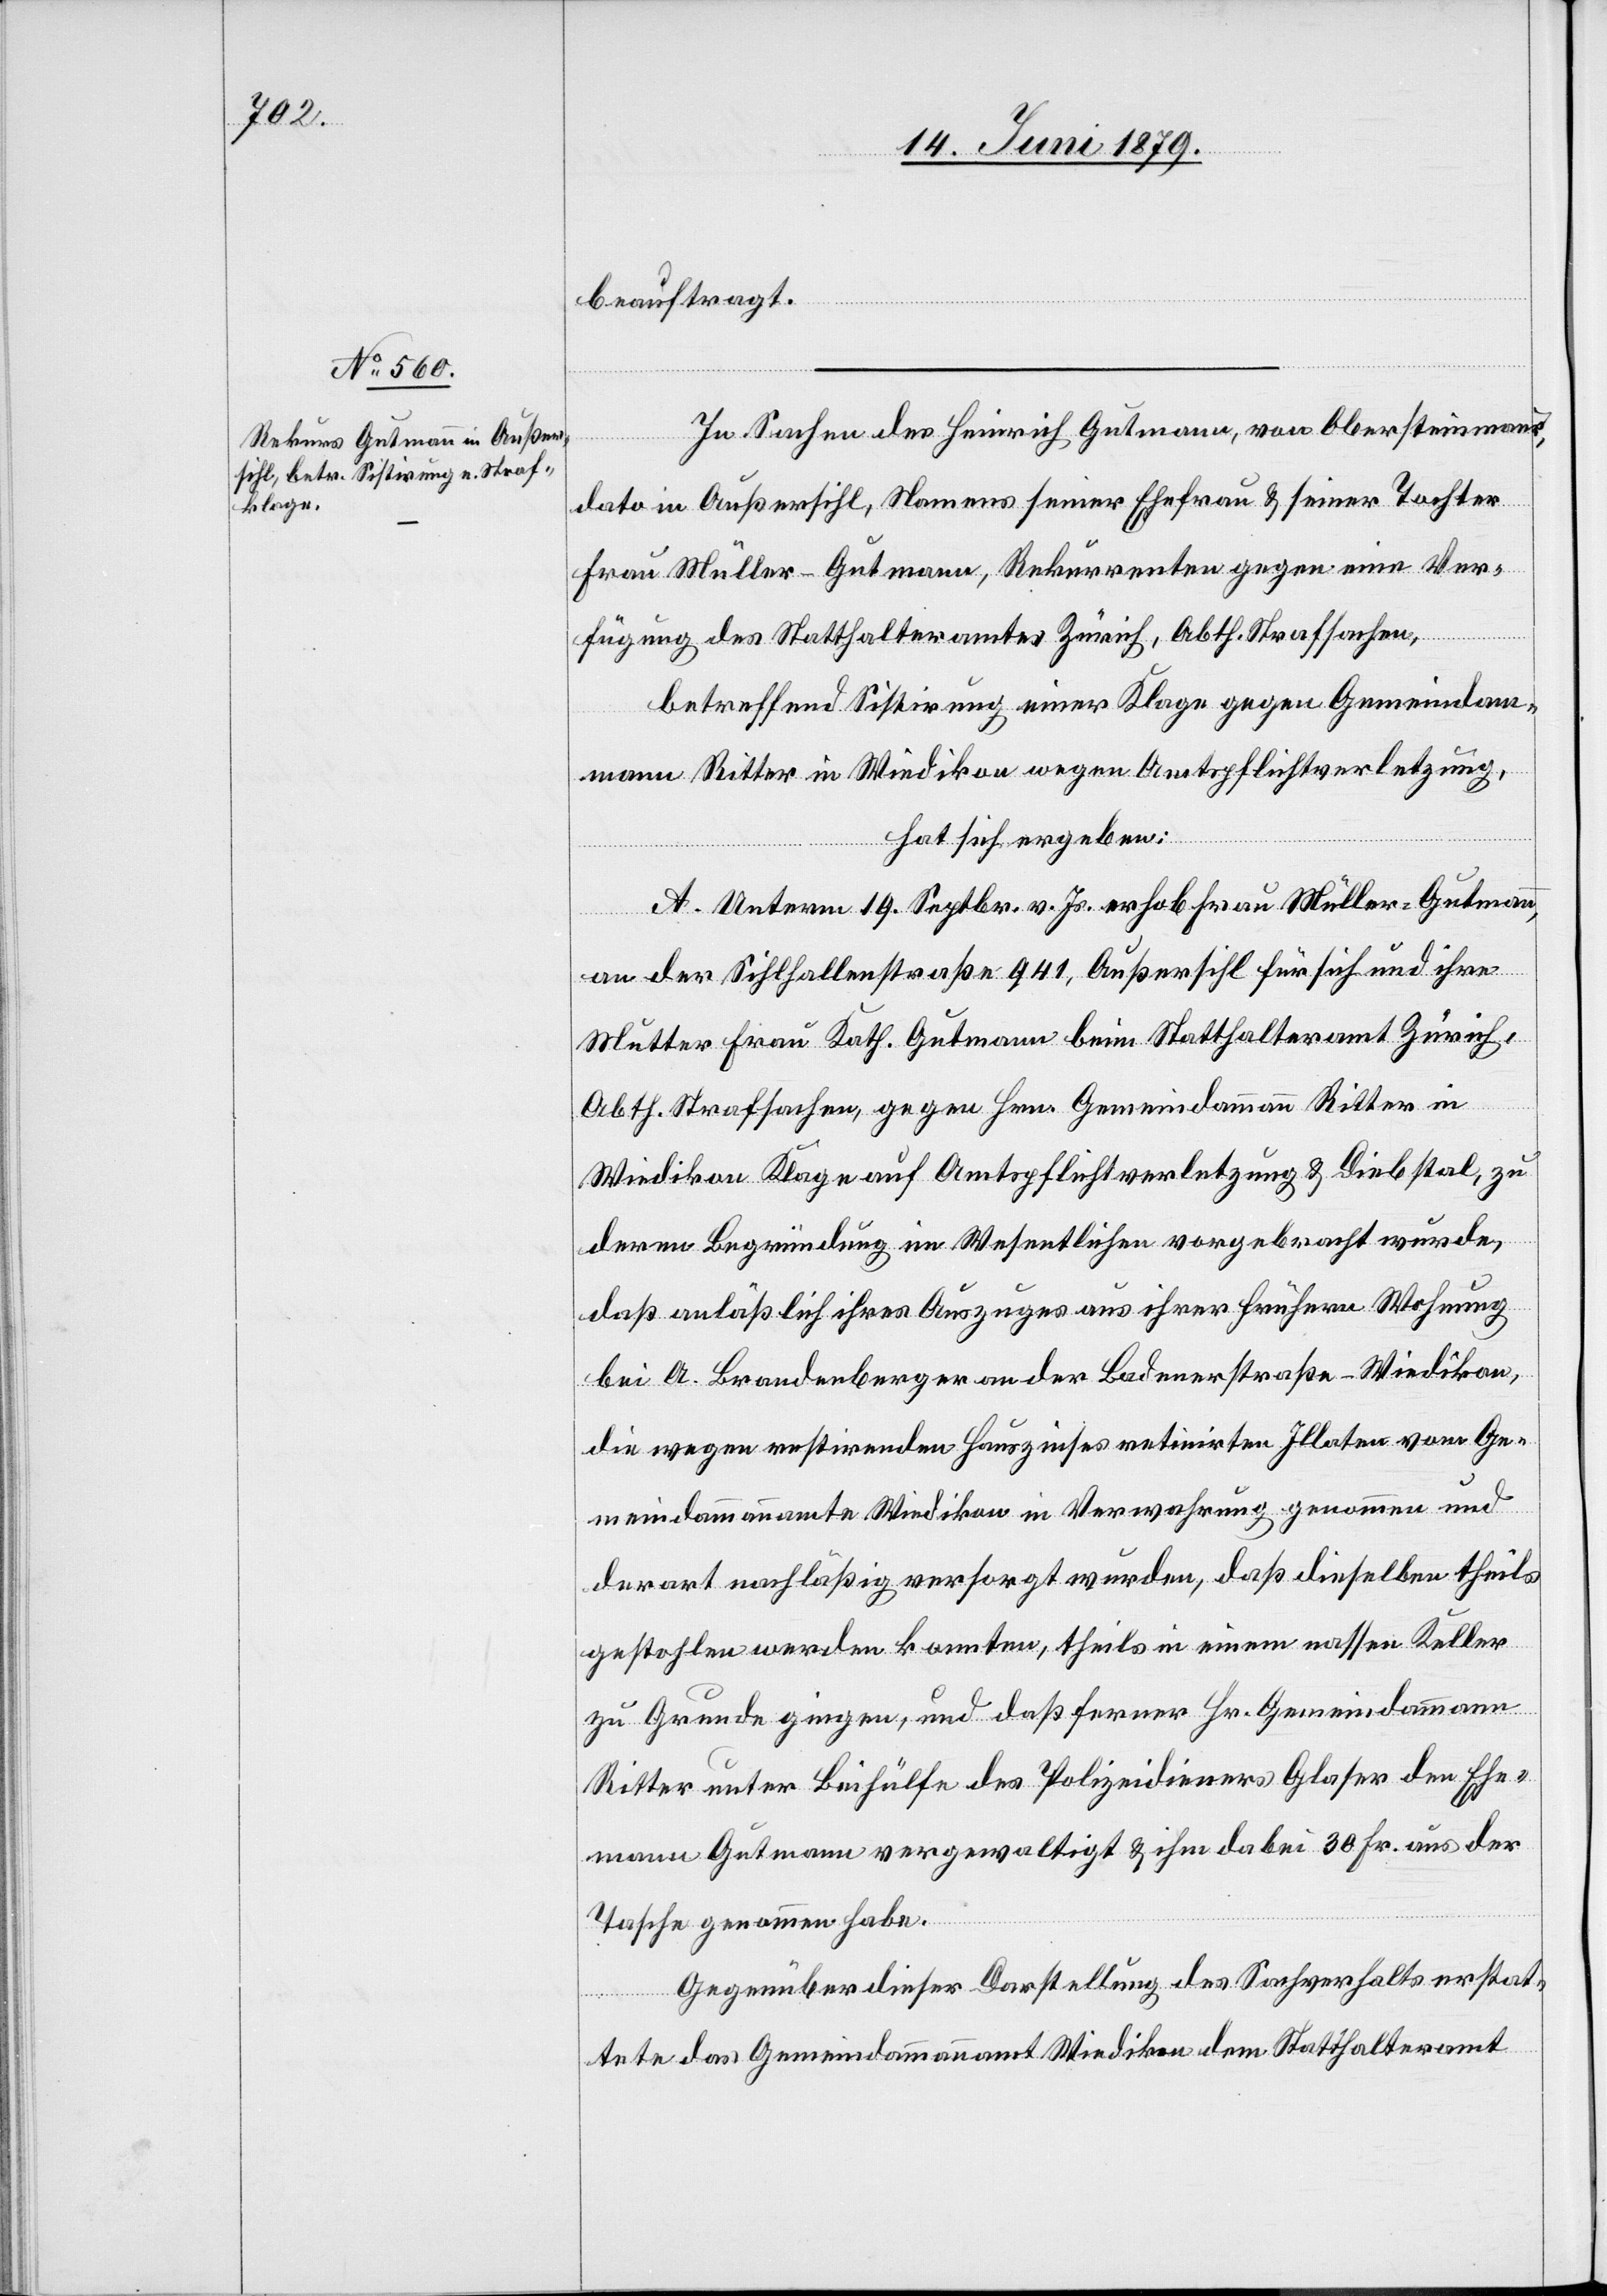
beauftragt.
In Sachen des Heinrich Gutmann, von Obersteinmau¬
r,
dato in Außersihl, Namens seiner Ehefrau & seiner Tochter
Frau Müller-Gutmann, Rekurrenten gegen eine Ver¬
fügung des Statthalteramtes Zürich, Abth. Strafsachen,
betreffend Sistirung einer Klage gegen Gemeindam¬
mann Ritter in Wiedikon wegen Amtspflichtverletzung,
hat sich ergeben:
A. Unterm 19. Septbr. v. Js. erhob Frau Müller-Gutmann,
an der Sihlhallenstraße 941, Außersihl für sich und ihre
Mutter Frau Kath. Gutmann beim Statthalteramt Zürich,
Abth. Strafsachen, gegen Hrn. Gemeindammann Ritter in
Wiedikon Klage auf Amtspflichtverletzung & Diebstal, zu
deren Begründung im Wesentlichen vorgebracht wurde,
daß anläßlich ihres Auszuges aus ihrer frühern Wohnung
bei A. Brandenberger an der Badenerstraße - Wiedikon,
die wegen restirenden Hauszinses retinirten Illaten vom Ge¬
meindammannamte Wiedikon in Verwahrung genommen und
derart nachläßig versorgt wurden, daß dieselben theils
gestohlen werden konnten, theils in einem nassen Keller
zu Grunde gingen, und daß ferner Hr. Gemeindammann
Ritter unter Beihülfe des Polizeidieners Glaser den Ehe¬
mann Gutmann vergewaltigt & ihm dabei 30 Fr. aus der
Tasche genommen habe.
Gegenüber dieser Darstellung des Sachverhalts erstat¬
tete das Gemeindammannamt Wiedikon dem Statthalteramt